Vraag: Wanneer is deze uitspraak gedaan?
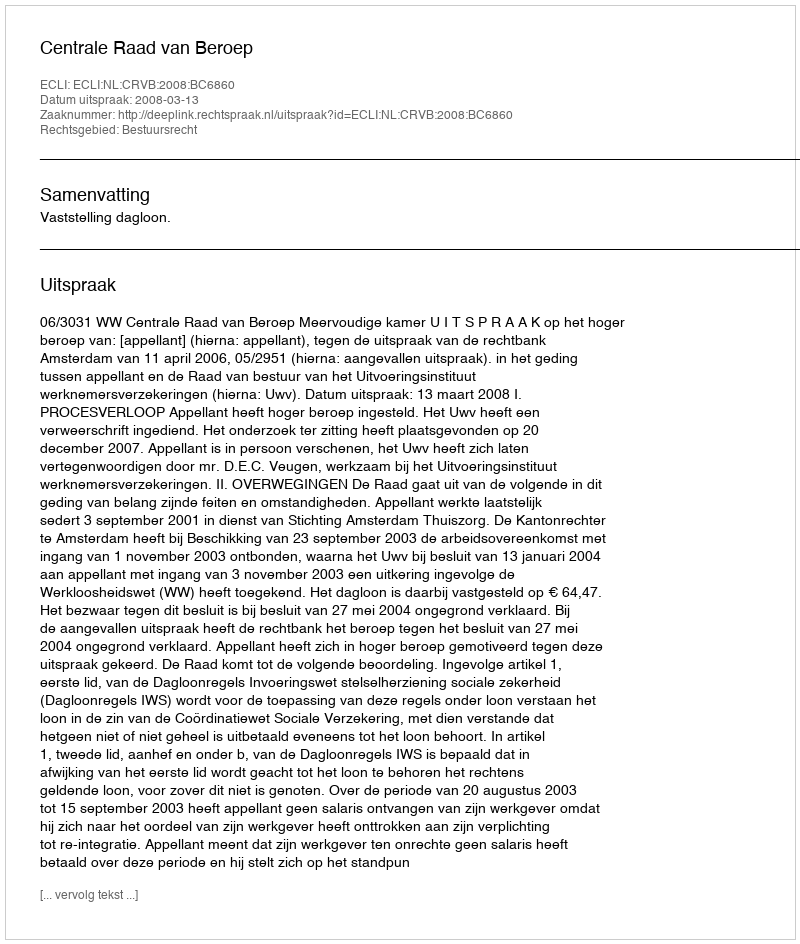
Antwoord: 2008-03-13